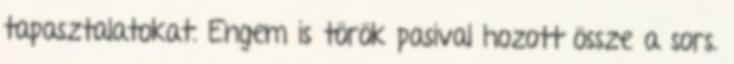
tapasztalatokat. Engem is török pasival hozott össze a sors.